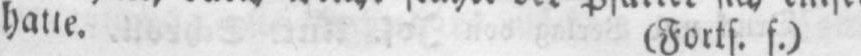
hatte. (Forts. f.)